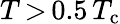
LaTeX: T\, {>}\, 0.5\, T_{\mathrm{c}}